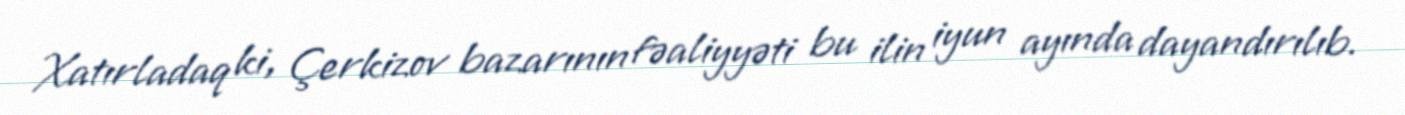
Xatırladaq ki, Çerkizov bazarının fəaliyyəti bu ilin iyun ayında dayandırılıb.